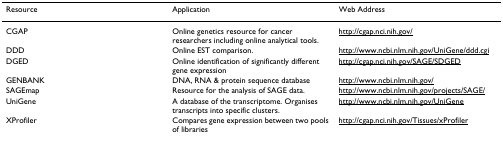
<table><thead><tr><td><b>Resource</b></td><td><b>Application</b></td><td><b>Web Address</b></td></tr></thead><tbody><tr><td>CGAP</td><td>Online genetics resource for cancer researchers including online analytical tools.</td><td>http://cgap.nci.nih.gov/</td></tr><tr><td>DDD</td><td>Online EST comparison.</td><td>http://www.ncbi.nlm.nih.gov/UniGene/ddd.cgi</td></tr><tr><td>DGED</td><td>Online identification of significantly different gene expression</td><td>http://cgap.nci.nih.gov/SAGE/SDGED</td></tr><tr><td>GENBANK</td><td>DNA, RNA &amp; protein sequence database</td><td>http://www.ncbi.nlm.nih.gov/</td></tr><tr><td>SAGEmap</td><td>Resource for the analysis of SAGE data.</td><td>http://www.ncbi.nlm.nih.gov/projects/SAGE/</td></tr><tr><td>UniGene</td><td>A database of the transcriptome. Organises transcripts into specific clusters.</td><td>http://www.ncbi.nlm.nih.gov/UniGene</td></tr><tr><td>XProfiler</td><td>Compares gene expression between two pools of libraries</td><td>http://cgap.nci.nih.gov/Tissues/xProfiler</td></tr></tbody></table>